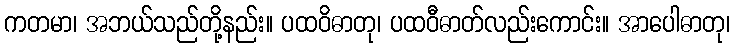
ကတမာ၊ အဘယ်သည်တို့နည်း။ ပထဝိဓာတု၊ ပထဝီဓာတ်လည်းကောင်း။ အာပေါဓာတု၊